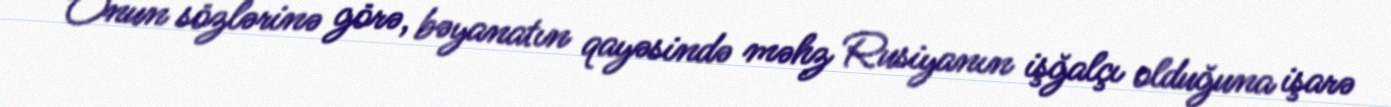
Onun sözlərinə görə, bəyanatın qayəsində məhz Rusiyanın işğalçı olduğuna işarə